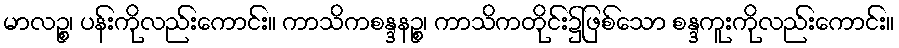
မာလဉ္စ၊ ပန်းကိုလည်းကောင်း။ ကာသိကစန္ဒနဉ္စ၊ ကာသိကတိုင်း၌ဖြစ်သော စန္ဒကူးကိုလည်းကောင်း။